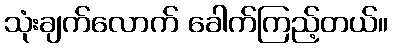
သုံးချက်လောက် ခေါက်ကြည့်တယ်။